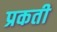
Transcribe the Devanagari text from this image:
प्रकती